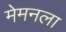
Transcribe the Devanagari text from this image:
मेमनला